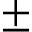
\pm